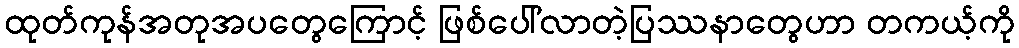
ထုတ်ကုန်အတုအပတွေကြောင့် ဖြစ်ပေါ်လာတဲ့ပြဿနာတွေဟာ တကယ့်ကို